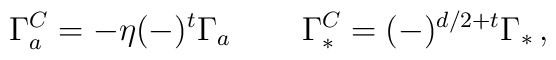
\Gamma^C_a= -\eta (-)^t \Gamma _a\,\qquad \Gamma _*^C=(-)^{d/2+t}\Gamma _*\,,